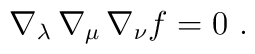
\nabla_\lambda\,\nabla_\mu\,\nabla_\nu f = 0\ .